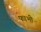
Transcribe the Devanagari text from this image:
फाभी